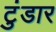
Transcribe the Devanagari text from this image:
टुंडार